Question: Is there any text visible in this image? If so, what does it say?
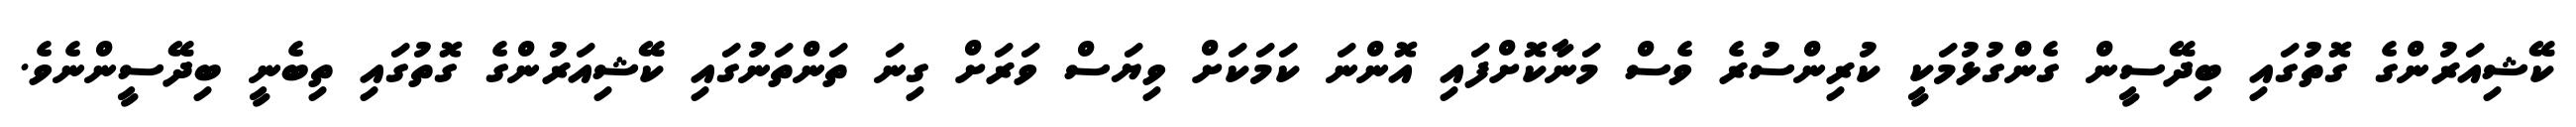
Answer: ކޭޝިއަރުންގެ ގޮތުގައި ބިދޭސީން ގެންގުޅުމަކީ ކުރިންސުރެ ވެސް މަނާކޮށްފައި އޮންނަ ކަމަކަށް ވިޔަސް ވަރަށް ގިނަ ތަންތަނުގައި ކޭޝިއަރުންގެ ގޮތުގައި ތިބެނީ ބިދޭސީންނެވެ.